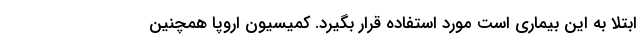
ابتلا به این بیماری است مورد استفاده قرار بگیرد. کمیسیون اروپا همچنین